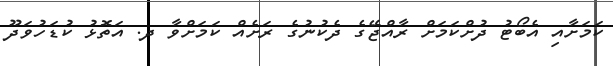
ކަމަށާއި އެބޯޓު ދުށްކަމަށް ރާއްޖޭގެ ދެކުނުގެ ރަށެއް ކަމަށްވާ ދ. އަތޮޅު ކުޑަހުވަދޫ